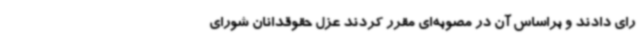
رای دادند و براساس آن در مصوبه‌ای مقرر کردند عزل حقوقدانان شورای